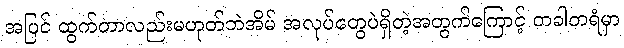
အပြင် ထွက်တာလည်းမဟုတ်ဘဲအိမ် အလုပ်တွေပဲရှိတဲ့အတွက်ကြောင့် တခါတရံမှာ